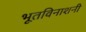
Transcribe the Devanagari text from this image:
भूतविनाशनी